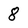
Character: 8